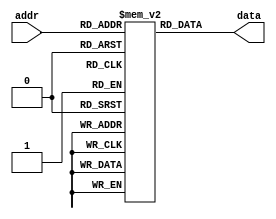
module param_rom #(
    parameter ADDR_WIDTH = 8,  // Width of the address bus
    parameter DATA_WIDTH = 16   // Width of the data bus
)(
    input  [ADDR_WIDTH-1:0] addr,  // Address input
    output reg [DATA_WIDTH-1:0] data // Data output
);

// Total number of entries in the ROM
localparam DEPTH = 1 << ADDR_WIDTH;

// Memory array declaration
reg [DATA_WIDTH-1:0] memory [0:DEPTH-1];

// ROM initialization
initial begin
    // You can initialize the ROM contents here
    // Example initialization (replace with your actual data):
    memory[0]  = 16'h0001;
    memory[1]  = 16'h0002;
    memory[2]  = 16'h0003;
    memory[3]  = 16'h0004;
    // Add more initialization as needed
    memory[255] = 16'h00FF; // Last entry for 8-bit address width
end

// Behavioral read operation
always @(*) begin
    // Asynchronous read
    data = memory[addr];
end

endmodule